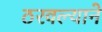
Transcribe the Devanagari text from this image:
ठरवल्याने